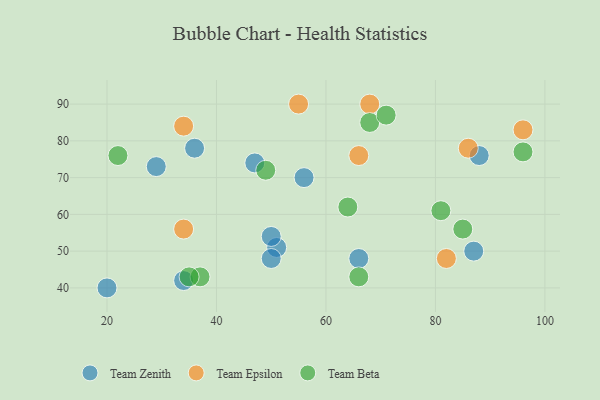
{"axis": {"x": "GDP", "y": "Life Expectancy"}, "legend": ["Team Beta", "Team Epsilon", "Team Zenith"], "data": [{"x": "88", "y": 76, "type": "Team Zenith"}, {"x": "51", "y": 51, "type": "Team Zenith"}, {"x": "34", "y": 42, "type": "Team Zenith"}, {"x": "29", "y": 73, "type": "Team Zenith"}, {"x": "87", "y": 50, "type": "Team Zenith"}, {"x": "50", "y": 48, "type": "Team Zenith"}, {"x": "56", "y": 70, "type": "Team Zenith"}, {"x": "47", "y": 74, "type": "Team Zenith"}, {"x": "20", "y": 40, "type": "Team Zenith"}, {"x": "36", "y": 78, "type": "Team Zenith"}, {"x": "50", "y": 54, "type": "Team Zenith"}, {"x": "66", "y": 48, "type": "Team Zenith"}, {"x": "86", "y": 78, "type": "Team Epsilon"}, {"x": "66", "y": 76, "type": "Team Epsilon"}, {"x": "55", "y": 90, "type": "Team Epsilon"}, {"x": "96", "y": 83, "type": "Team Epsilon"}, {"x": "82", "y": 48, "type": "Team Epsilon"}, {"x": "34", "y": 56, "type": "Team Epsilon"}, {"x": "34", "y": 84, "type": "Team Epsilon"}, {"x": "68", "y": 90, "type": "Team Epsilon"}, {"x": "64", "y": 62, "type": "Team Beta"}, {"x": "22", "y": 76, "type": "Team Beta"}, {"x": "37", "y": 43, "type": "Team Beta"}, {"x": "66", "y": 43, "type": "Team Beta"}, {"x": "68", "y": 85, "type": "Team Beta"}, {"x": "35", "y": 43, "type": "Team Beta"}, {"x": "71", "y": 87, "type": "Team Beta"}, {"x": "49", "y": 72, "type": "Team Beta"}, {"x": "81", "y": 61, "type": "Team Beta"}, {"x": "96", "y": 77, "type": "Team Beta"}, {"x": "85", "y": 56, "type": "Team Beta"}]}